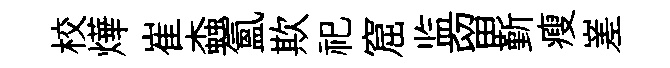
校燁崔螙氳欺祀窟监留斳瘦嵳